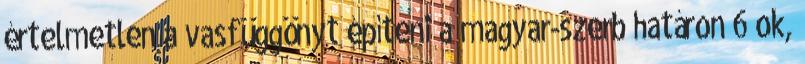
értelmetlen a vasfüggönyt építeni a magyar-szerb határon 6 ok,